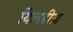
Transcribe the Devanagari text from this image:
यिलडीज़